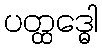
ပတ္ထဒ္ဓေါ